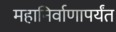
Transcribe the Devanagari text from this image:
महानिर्वाणापर्यंत